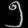
Digit: ၅